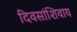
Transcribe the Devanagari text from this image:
दिवसांशिवाय